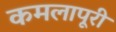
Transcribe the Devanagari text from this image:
कमलापूरी